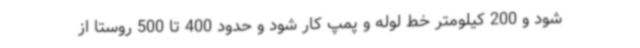
شود و 200 کیلومتر خط لوله و پمپ کار شود و حدود 400 تا 500 روستا از